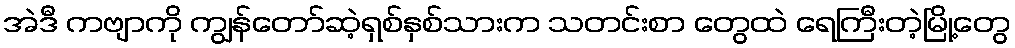
အဲဒီ ကဗျာကို ကျွန်တော်ဆဲ့ရှစ်နှစ်သားက သတင်းစာ တွေထဲ ရေကြီးတဲ့မြို့တွေ